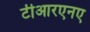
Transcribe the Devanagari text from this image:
टीआरएनए